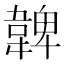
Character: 𩏂